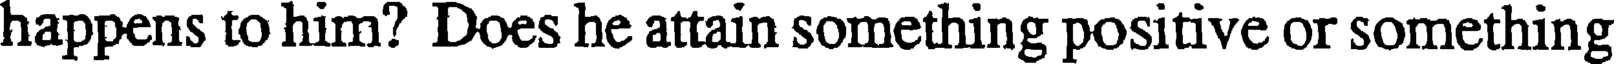
happens to him? Does he attain something positive or something